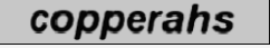
copperahs